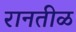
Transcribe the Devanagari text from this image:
रानतीळ